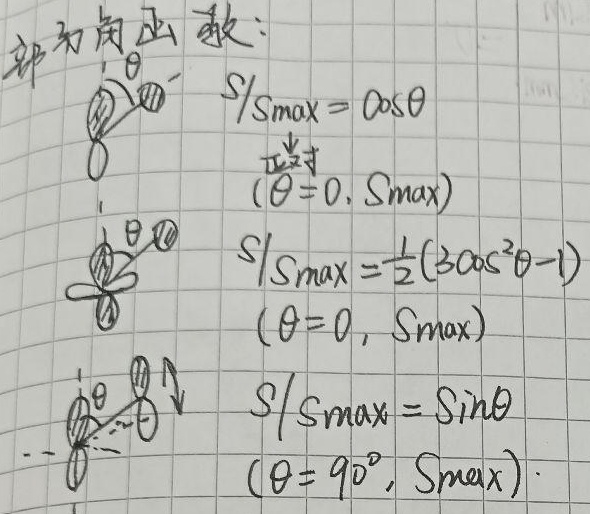
部分角函数：
\[
\begin{align*}
S/S_{\max}&=\cos\theta\\
\end{align*}
\]
（正对$(\theta = 0, S_{\max})$）
\[
\begin{align*}
S/S_{\max}&=\frac{1}{2}(3\cos^{2}\theta - 1)\\
\end{align*}
\]
$(\theta = 0, S_{\max})$
\[
\begin{align*}
S/S_{\max}&=\sin\theta\\
\end{align*}
\]
$(\theta = 90^{\circ}, S_{\max})$